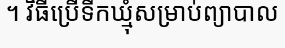
។ វិធីប្រើទឹកឃ្មុំសម្រាប់ព្យាបាល